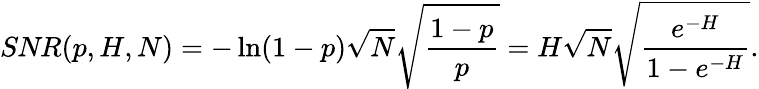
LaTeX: \textit{SNR}(p,H,N)=-\ln(1-p)\sqrt{N}\sqrt{\frac{1-p}{p}}=H\sqrt{N}\sqrt{\frac{e^{-H}}{1-e^{-H}}}.